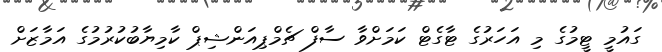
ގައުމީ ޓީމުގެ މި އަހަރުގެ ޓާގެޓް ކަމަށްވާ ސާފް ޗެމްޕިއަންޝިޕް ކާމިޔާބުކުރުމުގެ އަމާޒަށް